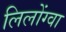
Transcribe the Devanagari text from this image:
लिलोंग्वा